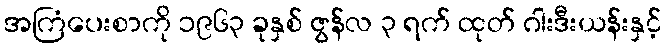
အကြံပေးစာကို ၁၉၆၃ ခုနှစ် ဇွန်လ ၃ ရက် ထုတ် ဂါးဒီးယန်းနှင့်